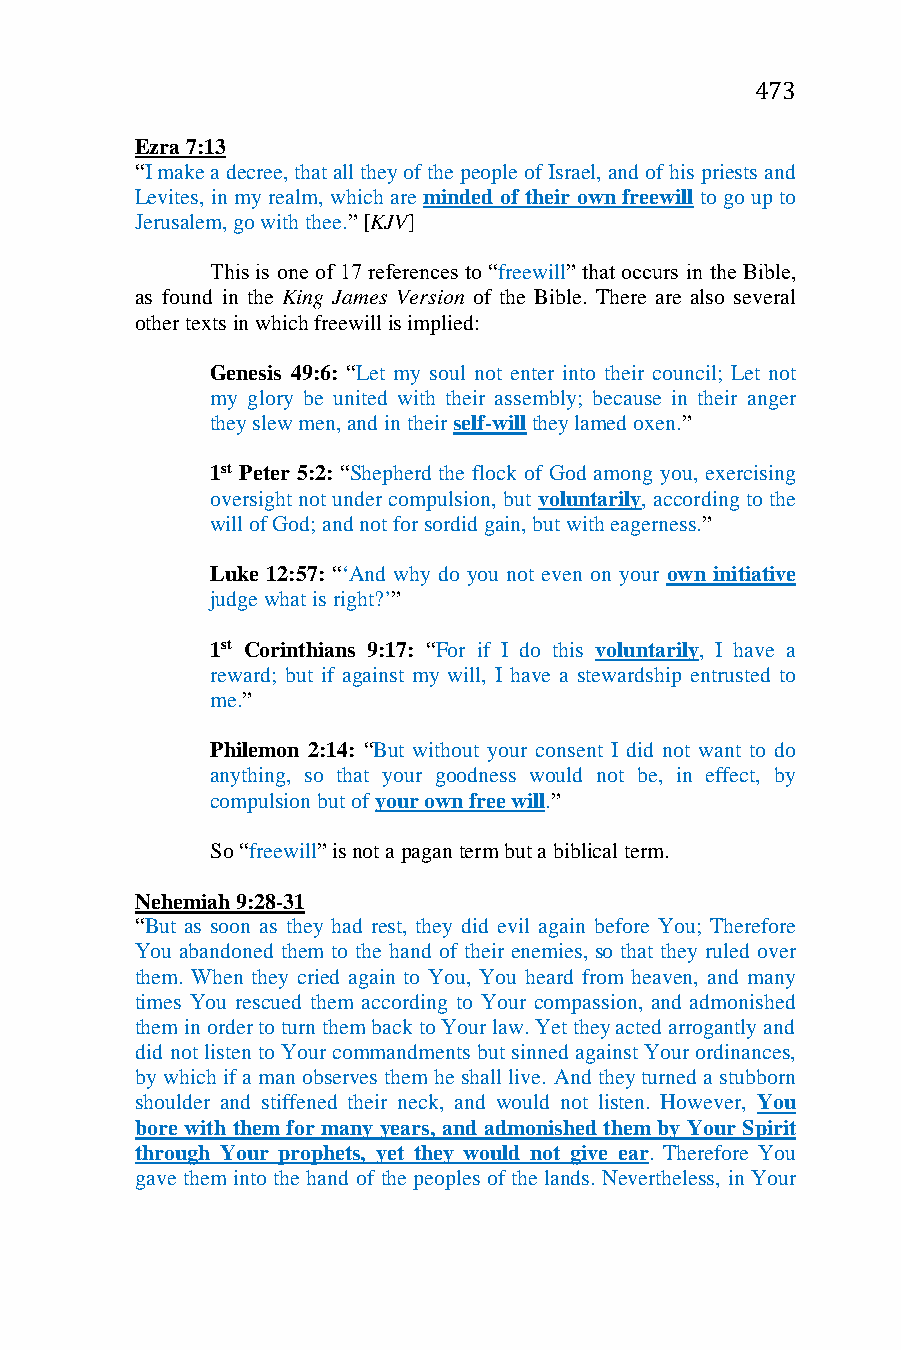
473
 Ezra 7:13
 “I make a decree, that all they of the people of Israel, and of his priests and
 Levites, in my realm, which are minded of their own freewill to go up to
 Jerusalem, go with thee.” [KJV]
 This is one of 17 references to “freewill” that occurs in the Bible,
 as found in the King James Version of the Bible. There are also several
 other texts in which freewill is implied:
 Genesis 49:6: “Let my soul not enter into their council; Let not
 my glory be united with their assembly; because in their anger
 they slew men, and in their self-will they lamed oxen.”
 1st Peter 5:2: “Shepherd the flock of God among you, exercising
 oversight not under compulsion, but voluntarily, according to the
 will of God; and not for sordid gain, but with eagerness.”
 Luke 12:57: “‘And why do you not even on your own initiative
 judge what is right?’”
 1st Corinthians 9:17: “For if I do this voluntarily, I have a
 reward; but if against my will, I have a stewardship entrusted to
 me.”
 Philemon 2:14: “But without your consent I did not want to do
 anything, so that your goodness would not be, in effect, by
 compulsion but of your own free will.”
 So “freewill” is not a pagan term but a biblical term.
 Nehemiah 9:28-31
 “But as soon as they had rest, they did evil again before You; Therefore
 You abandoned them to the hand of their enemies, so that they ruled over
 them. When they cried again to You, You heard from heaven, and many
 times You rescued them according to Your compassion, and admonished
 them in order to turn them back to Your law. Yet they acted arrogantly and
 did not listen to Your commandments but sinned against Your ordinances,
 by which if a man observes them he shall live. And they turned a stubborn
 shoulder and stiffened their neck, and would not listen. However, You
 bore with them for many years, and admonished them by Your Spirit
 through Your prophets, yet they would not give ear. Therefore You
 gave them into the hand of the peoples of the lands. Nevertheless, in Your